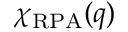
\chi _ { \mathrm { R P A } } ( q )